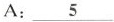
A: \underline{5}